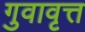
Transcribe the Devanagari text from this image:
गुवावृत्त